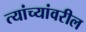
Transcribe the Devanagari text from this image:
त्यांच्यांवरील